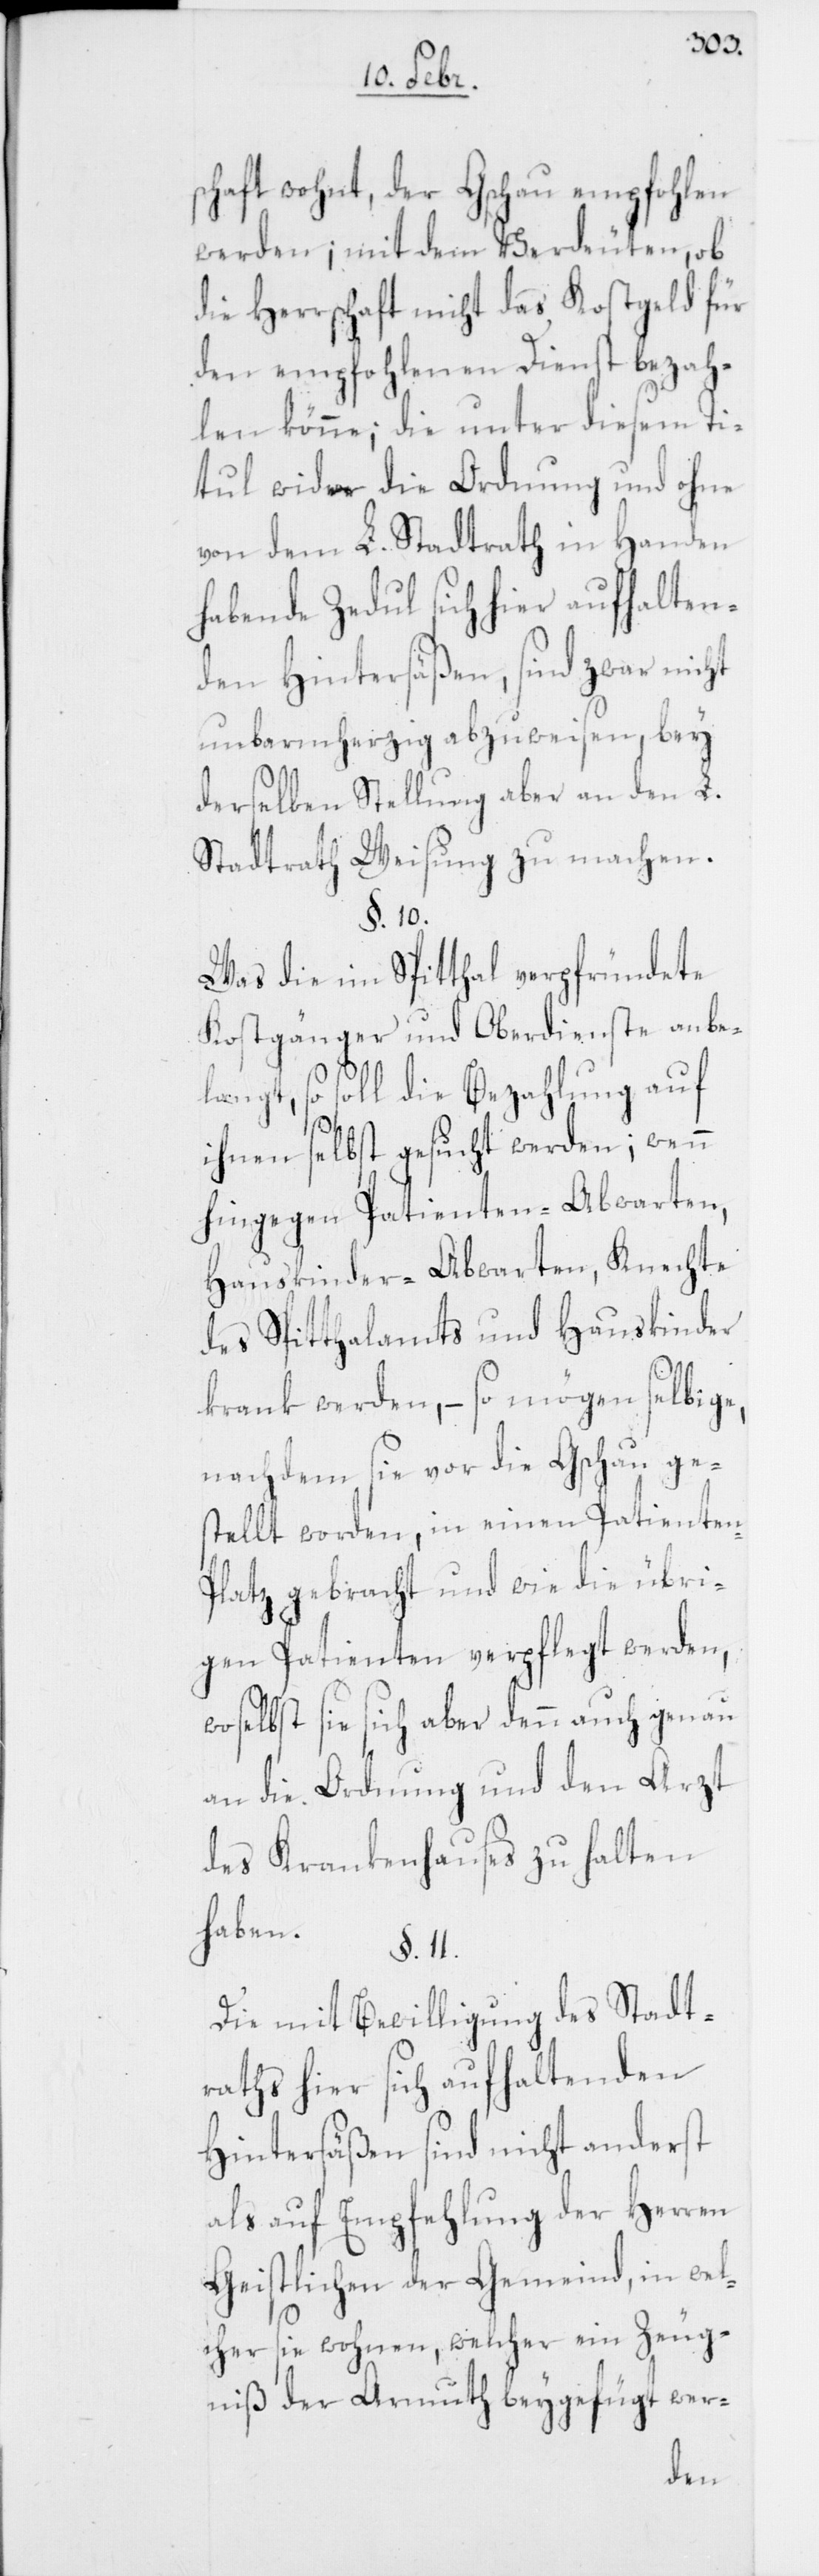
s¬
chaft wohnt, der Gschau empfohlen
werden; mit dem Verdeuten, ob
die Herrschaft nicht das Kostgeld für
den empfohlenen Dienst bezah¬
len könne; die unter diesem Ti¬
tul wider die Ordnung und ohne
von dem L. Stadtrath in Handen
habende Zedul sich hier aufhalten¬
den Hintersäßen, sind zwar nicht
unbarmherzig abzuweisen, bey
derselben Stellung aber an den L.
Stadtrath Weisung zu machen.
§. 10.
Was die im Spitthal verpfründete
Kostgänger und Oberdienste anbel¬
angt, so soll die Bezahlung auf
ihnen selbst gesucht werden; wenn
hingegen Patienten-Abwarten,
Hauskinder-Abwarten, Knechte
des Spitthalamts und Hauskinder
krank werden, – so mögen selbige,
nachdem sie vor die Gschau ge¬
stellt worden, in einen Patienten-P¬
latz gebracht und wie die übri¬
gen Patienten verpflegt werden,
woselbst sie sich aber denn auch genau
an die Ordnung und den Arzt
des Krankenhauses zu halten
haben.
§. 11.
Die mit Bewilligung des Stadt¬
rats hier sich aufhaltenden
Hintersäßen sind nicht anderst
als auf Empfehlung der Herren
Geistlichen der Gemeind, in wel¬
cher sie wohnen, welcher ein Zeug¬
niß der Armuth beygefügt wer-